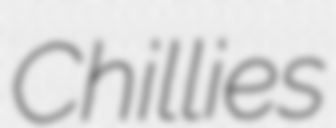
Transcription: Chillies